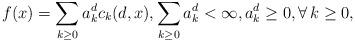
LaTeX: \begin{align*}f(x)=\sum_{k\geq0}a_k^d c_k(d,x), \sum_{k\geq0}a_k^d<\infty, a_k^d\geq0, \forall\, k\geq0,\end{align*}